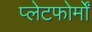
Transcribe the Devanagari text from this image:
प्लेटफोर्मों